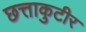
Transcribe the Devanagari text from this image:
छत्ताकुटीर